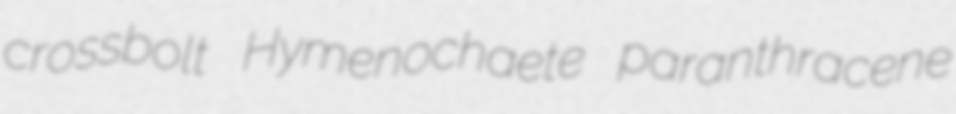
crossbolt Hymenochaete paranthracene